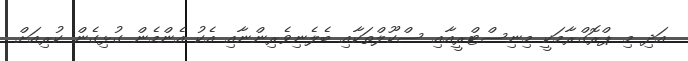
އަދި މި ޕްރޮގްރާމަކީ މިނިސްޓްރީއާއި ސްކޫލްތަކާއި ބެލެނިވެރިންނާއި އެކު އެންމެން ގުޅިގެން ކުރިއަށް